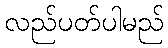
လည်ပတ်ပါမည်